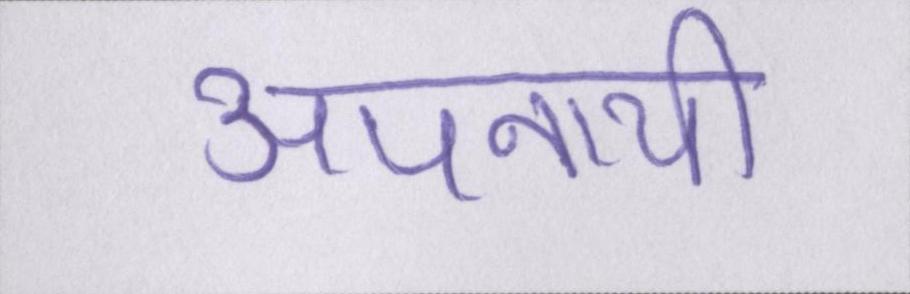
अपनायी